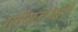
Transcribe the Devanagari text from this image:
ग्लेसटनबरी